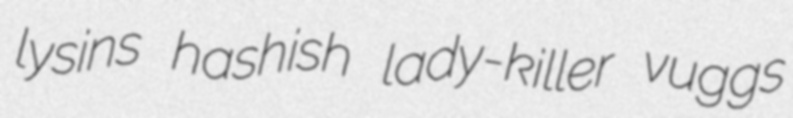
lysins hashish lady-killer vuggs